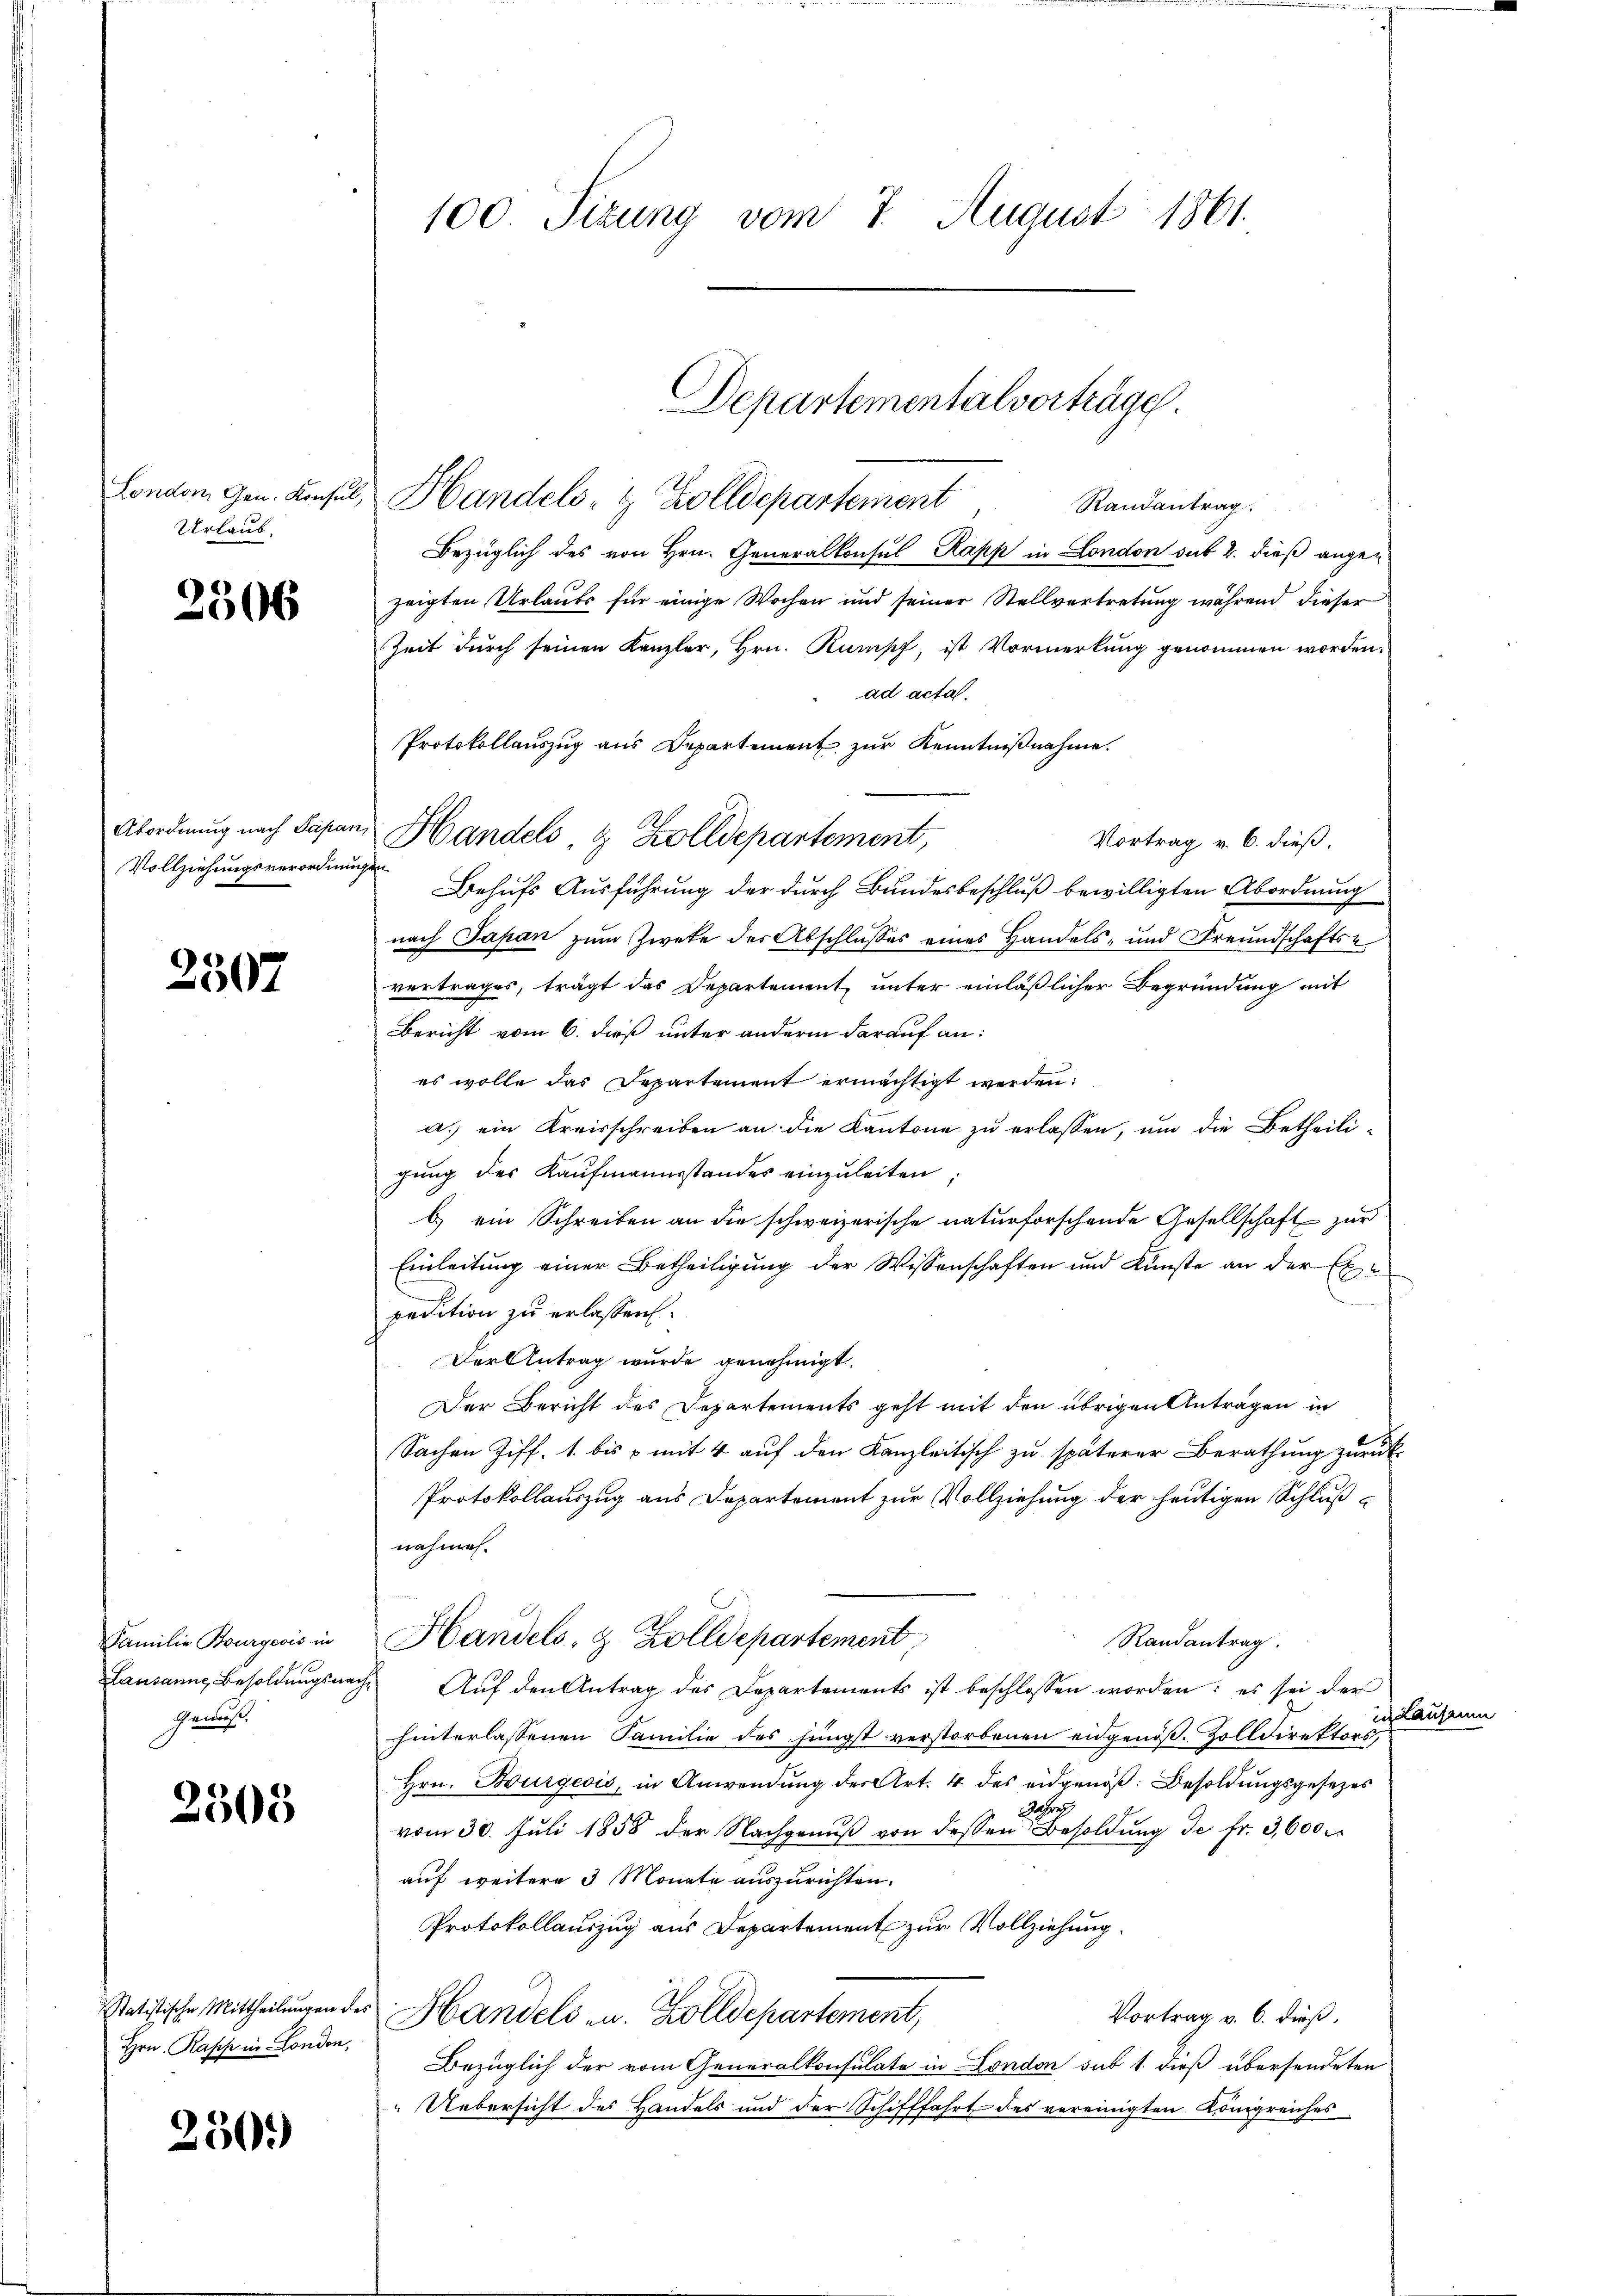
Urlaub.

2506

Vollziehungsverordnungen

2507

Familie Bourgeois in
Gewiß.

2305

Hrn. Rapp in London,

250.

100. Sizung vom 7. August 1861.

London gen. Konsul, Handels- & Zolldepartement
Randantrag
Bezüglich des von Hrn. Generalkonsul Rapp in London sub 2. dieß angen
zeigten Urlaubs für einige Wochen und seiner Stellvertretung während dieser
Zeit durch seinen Kanzler, Hrn. Rumpf, ist Vormerkung genommen worden.
ad acta.
Protokollauszug aus Departement zur Kenntnißnahme.
Abordnung nach Papan, Handels, & Zolldepartement,
Vortrag v. 6. dieß.
Behufs Ausführung der durch Bundesbeschluß bewilligten Abordnung
nach Japan zum Zweke des Abschlusses eines Handels- und Freundschaftse
vertrages, trägt das Departement, unter einläßlicher Begründung mit
Bericht vom 6. dieß unter andern darauf an:
es wolle das Departement ermächtigt werden:
a. ein Kreisschreiben an die Kantone zu erlassen, um die Betheili-
gung des Kaufmannsstandes einzuleiten
b) ein Schreiben an die schweizerische naturforschende Gesellschaft zur
Einleitung einer Betheiligung der Wissenschaften und Künste an der Expedition zu erlassen.
Der Antrag wurde genehmigt.
Der Bericht des Departements geht mit den übrigen Anträgen in
Sachen Ziff. 1. bis & mit 4 auf den Kanzleitisch zu späterer Berathung zurück-
Protokollauszug aus Departement zur Vollziehung der heutigen Schlußnahmen.
Handels, z. Zolldepartement
Randantrag.
Lausanne Besoldŭngsnach Aŭf den Antrag des Departements ist beschlossen worden: es sei der
in Lausann
hinterlassenen Familie des jüngst verstorbenen eidgenöß. Zolldirektors
Hrn. Burgeois, in Anwendŭng der Art. 4 des eidgenöβ: Besoldungsgesezes
Jahren
vom 30. Juli 1858 der Nachgenŭβ von dessen Besoldung de fr. 3,600
auf weitere 3 Monate auszurichten.
Protokollauszug aus Departement zur Vollziehung.
statistische Mittheilungen des Handels u. Zolldepartement,
Vortrag v. 6. dieß.
Bezüglich der vom Generalkonsulate in London sub 1. dieß übersendeten
Uebersicht des Handels und der Schifffahrt des vereinigten Königreiches

Departementalverträge.